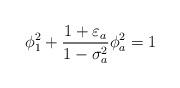
LaTeX: \begin{align*}\phi_1^2+\frac{1+\varepsilon_a}{1-\sigma_a^2} \phi_a^2 =1\end{align*}